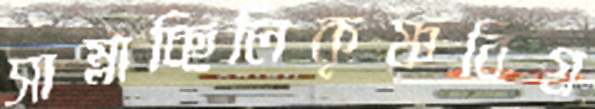
সাম্‌লাচ্ছিলিকৃষ্ণবিগ্র